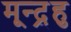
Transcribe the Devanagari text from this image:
मून्द्र्हु